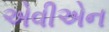
એવીએન